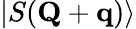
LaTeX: \mathinner{|{S(\mathbf{Q}+\mathbf{q})}\rangle}